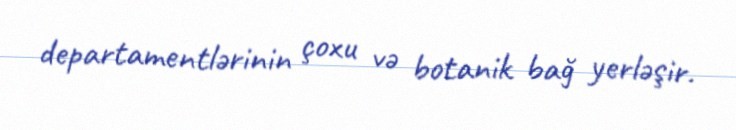
departamentlərinin çoxu və botanik bağ yerləşir.